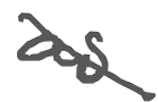
Text: as
Cross-out: mix
Writing tool: digital_gray